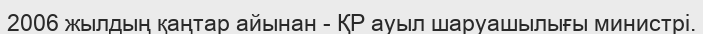
2006 жылдың қаңтар айынан - ҚР ауыл шаруашылығы министрі.